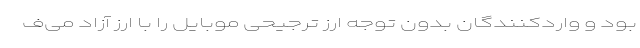
بود و واردکنندگان بدون توجه ارز ترجیحی موبایل را با ارز آزاد می‌ف